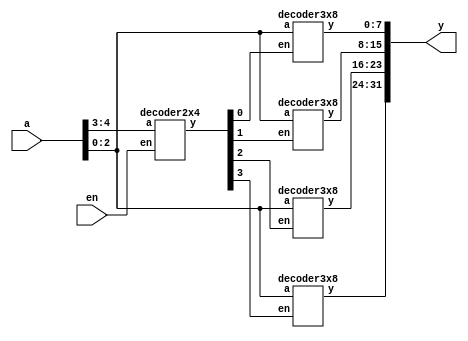

module decoder5x32 (
  input [4:0] a,                   // 5 input lines
  input en,                        // enable pin
  output [31:0] y);               // 32 output lines
  wire [3:0] w;                    //for storing the output of 2:4 decoder
  decoder2x4 x1(w,a[4:3],en);     // Calling 2:4 decoder with en and a[4:3] as inputs and w as output
  decoder3x8 x2(y[7:0], a[2:0],w[0]);  // Calling 3:8 decoder with[0] as enable
  decoder3x8 x3(y[15:8], a[2:0],w[1]);
  decoder3x8 x4(y[23:16], a[2:0],w[2]);
  decoder3x8 x5(y[31:24], a[2:0],w[3]);
endmodule
//2:4 decoder
module decoder2x4(
  output reg [3:0] y,
  input [1:0] a,
  input en);
  always @(a,en)               // behavioral modeling, give all the inputs inside always block
    if(en)
    case(a)
    2'b00: y=4'b0001;    // Use the truth table. Very easy to code in behavioral modeling.
    2'b01: y=4'b0010;
    2'b10: y=4'b0100;
    2'b11: y=4'b1000;
    default: y=0;
  endcase
  else y=0;              //if en=0, the output should be 0
endmodule
// 3:8 decoder
module decoder3x8(
  output reg [7:0] y,
  input [2:0] a,
  input en);
  always @(a,en)
    if(en)
    case(a)                                  // Use truth table of 3:8 decoder
    3'b000: y =8'b11111110;           // if input is 000=0
    3'b001: y =8'b11111101;           // if input is 001=1
    3'b010: y =8'b11111011;
    3'b011: y =8'b11110111;
    3'b100: y =8'b11101111;
    3'b101: y =8'b11011111;
    3'b110: y =8'b10111111;
    3'b111: y =8'b01111111;
    default: y=8'b11111111;
  endcase
  else y=8'b11111111;        // if en=0, y=0
endmodule